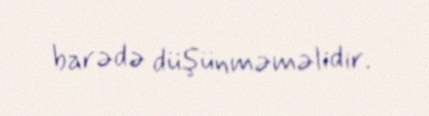
barədə düşünməməlidir.